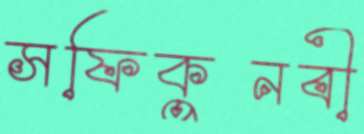
সফিকুনবী